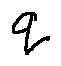
q